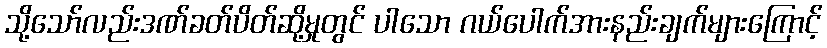
သို့သော်လည်းဒဏ်ခတ်ပိတ်ဆို့မှုတွင် ပါသော ဂယ်ပေါက်အားနည်းချက်များကြောင့်